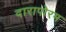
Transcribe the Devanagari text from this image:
दारापोरम